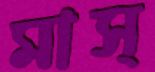
মাস্